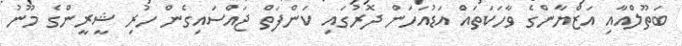
ބަތޫލްއާއި އަޒްޔާންގެ ވާހަކަތައް އަޑުއަހަން ދޮރުގައި ކަންފަތް ޖައްސައިގެން ހުރި ޝީރީންގެ މޫނު